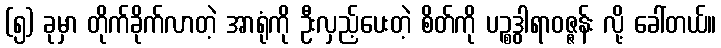
(၅) ခုမှာ တိုက်ခိုက်လာတဲ့ အာရုံကို ဦးလှည့်ပေးတဲ့ စိတ်ကို ပဉ္စဒွါရာဝဇ္ဇန်း လို့ ခေါ်တယ်။